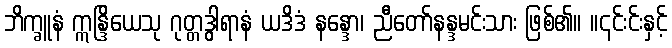
ဘိက္ခူနံ ဣန္ဒြိယေသု ဂုတ္တဒွါရာနံ ယဒိဒံ နန္ဒော၊ ညီတော်နန္ဒမင်းသား ဖြစ်၏။ ။၎င်းင်းနှင့်